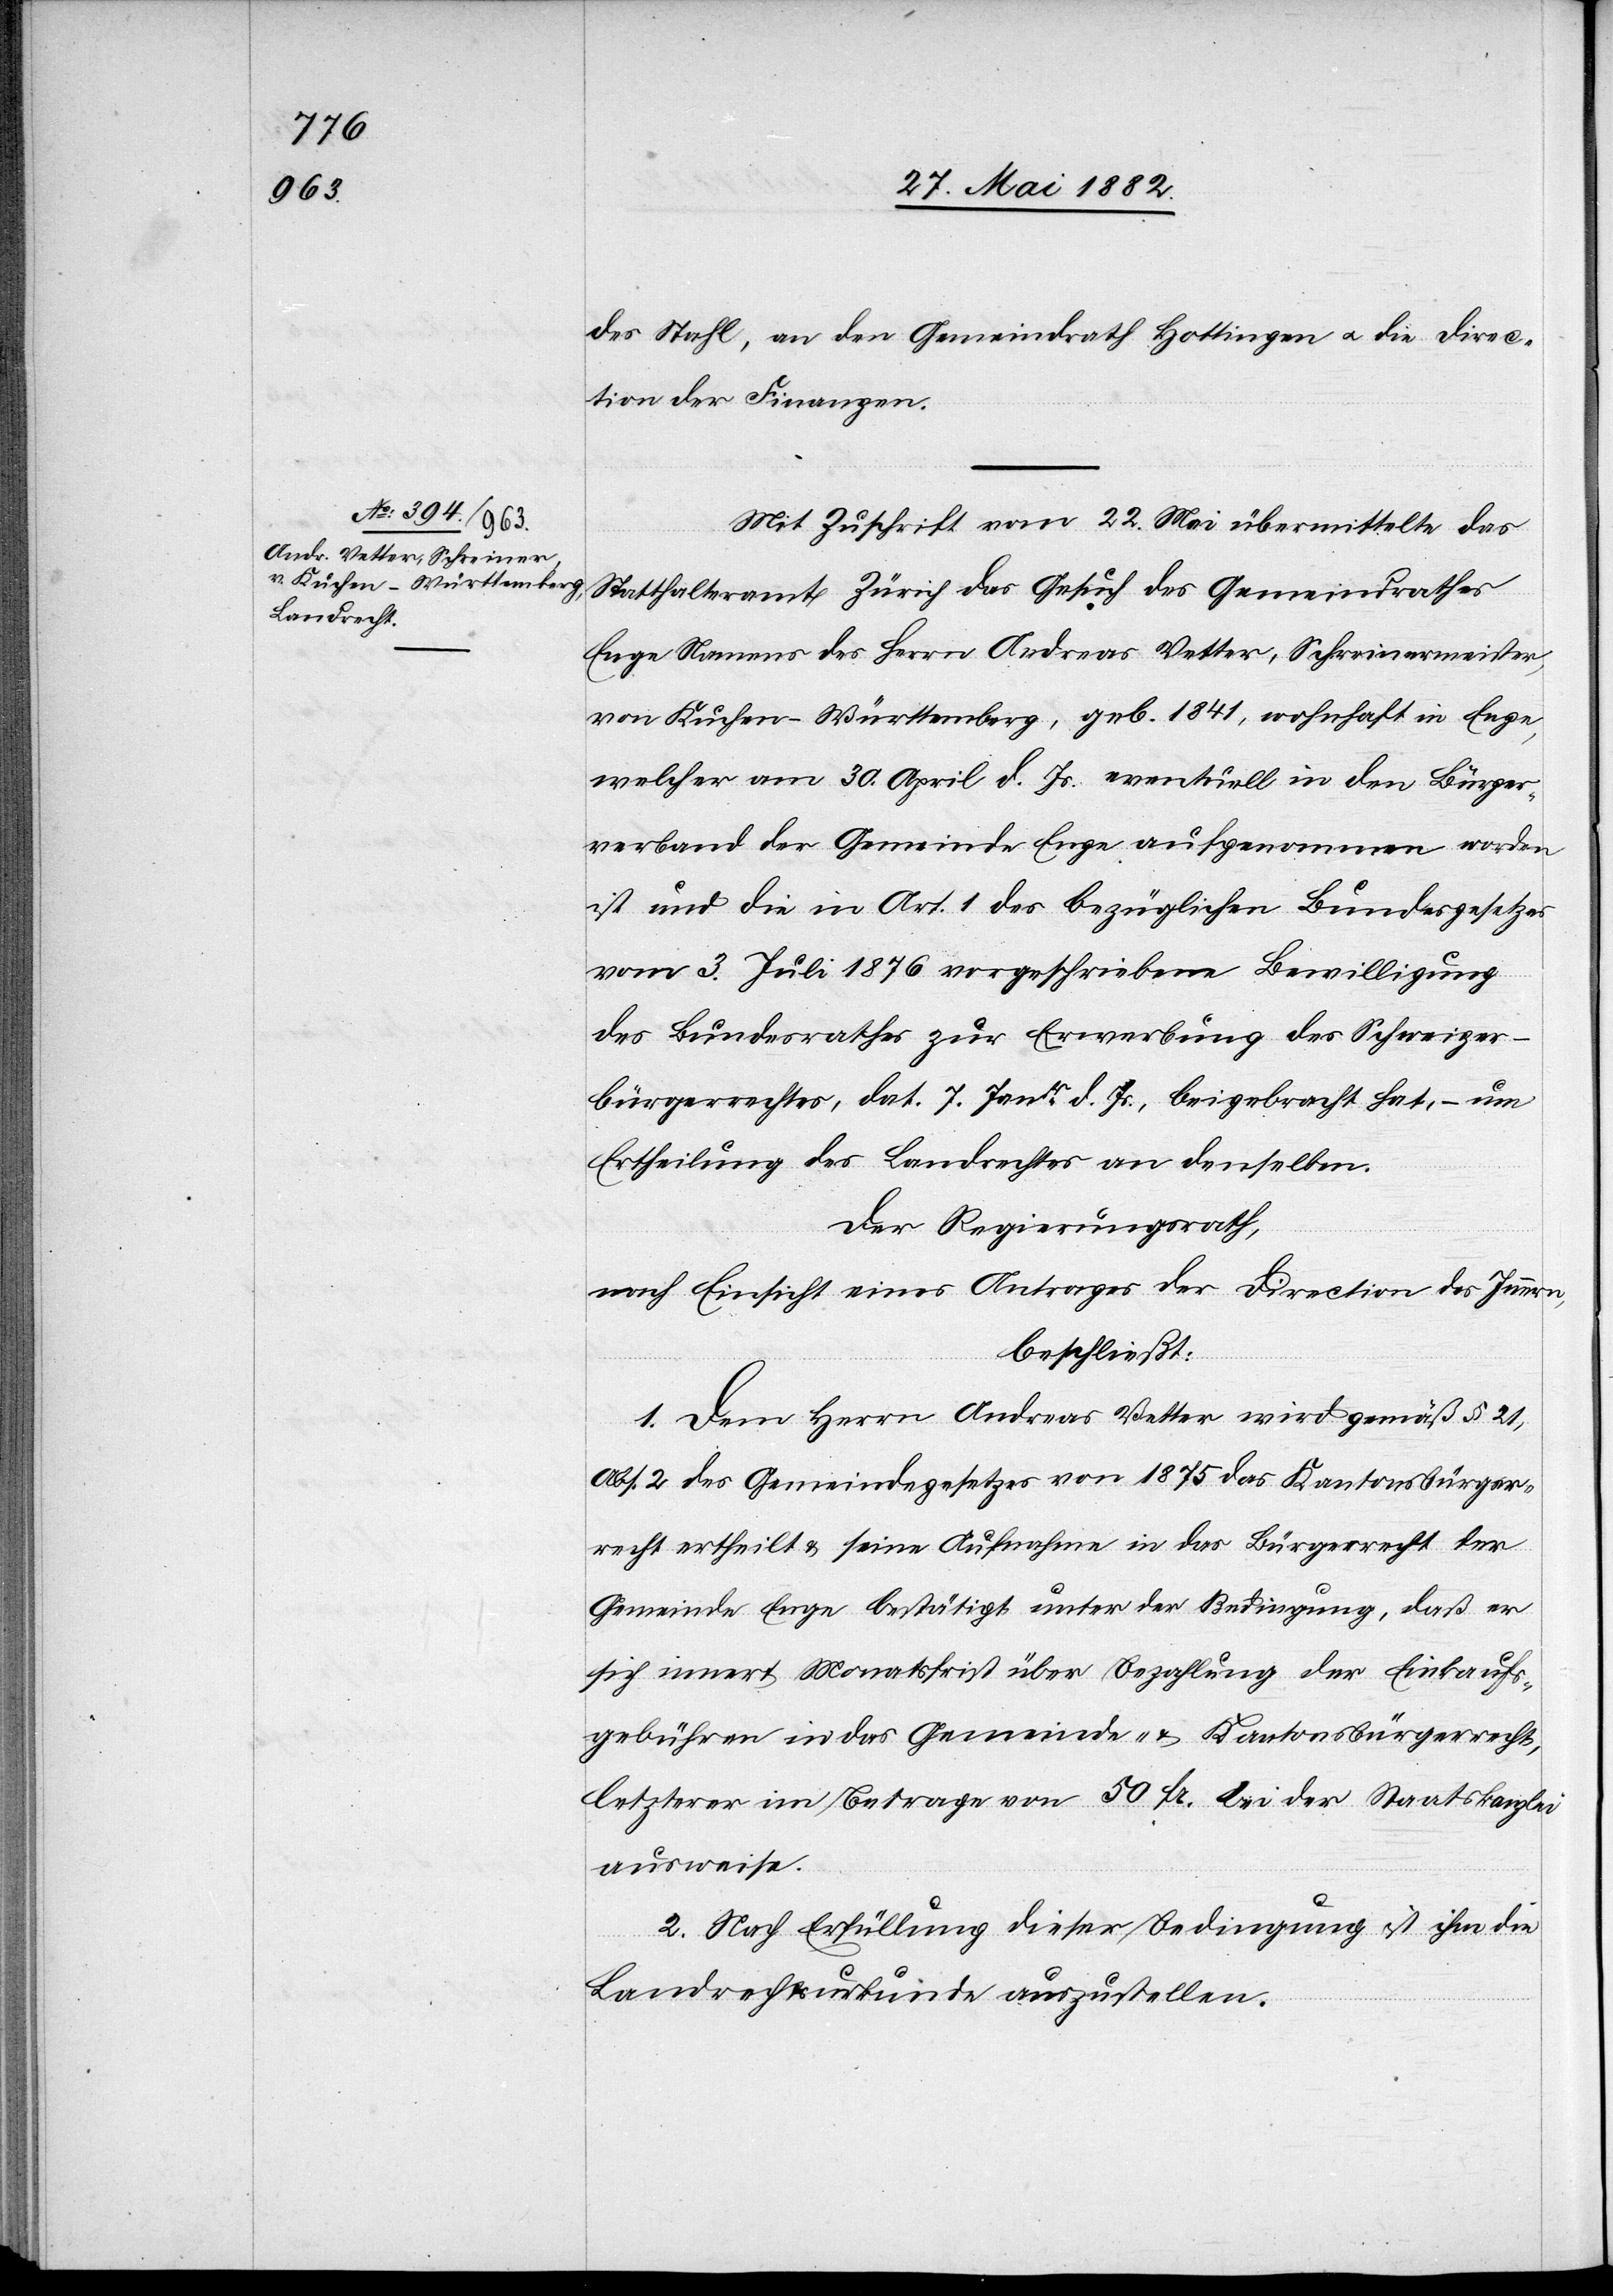
des Stahl, an den Gemeindrath Hottingen u. an die Direc¬
tion der Finanzen.
Mit Zuschrift vom 22. Mai übermittelte das
Statthalteramt Zürich das Gesuch des Gemeindrathes
Enge Namens des Herrn Andreas Vetter, Schreinermeister,
von Kuchen - Württemberg, geb. 1841, wohnhaft in Enge,
welcher am 30. April d. Js. eventuell in den Bürger¬
verband der Gemeinde Enge aufgenommen worden
ist und die in Art. 1 des bezüglichen Bundesgesetzes
vom 3. Juli 1876 vorgeschriebene Bewilligung
des Bundesrathes zur Erwerbung des Schweizer¬
bürgerrechtes, dat. 7. Janr d. Js. beigebracht hat, – um
Ertheilung des Landrechtes an denselben.
Der Regierungsrath,
nach Einsicht eines Antrages der Direction des Innern,
beschließt:
1. Dem Herrn Andreas Vetter wird gemäß § 21,
Abs. 2 des Gemeindegesetzes von 1875 das Kantonsbürger¬
recht ertheilt & seine Aufnahme in das Bürgerrecht der
Gemeinde Enge bestätigt unter der Bedingung, daß er
sich innert Monatsfrist über Bezahlung der Einkaufs¬
gebühren in das Gemeinde- & Kantonsbürgerrecht,
letzterer im Betrage von 50 Fr. bei der Staatskanzlei
ausweise.
2. Nach Erfüllung dieser Bedingung ist ihm die
Landrechtsurkunde auszustellen.